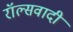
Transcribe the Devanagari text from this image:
रॉल्सवादी